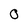
Character: 0